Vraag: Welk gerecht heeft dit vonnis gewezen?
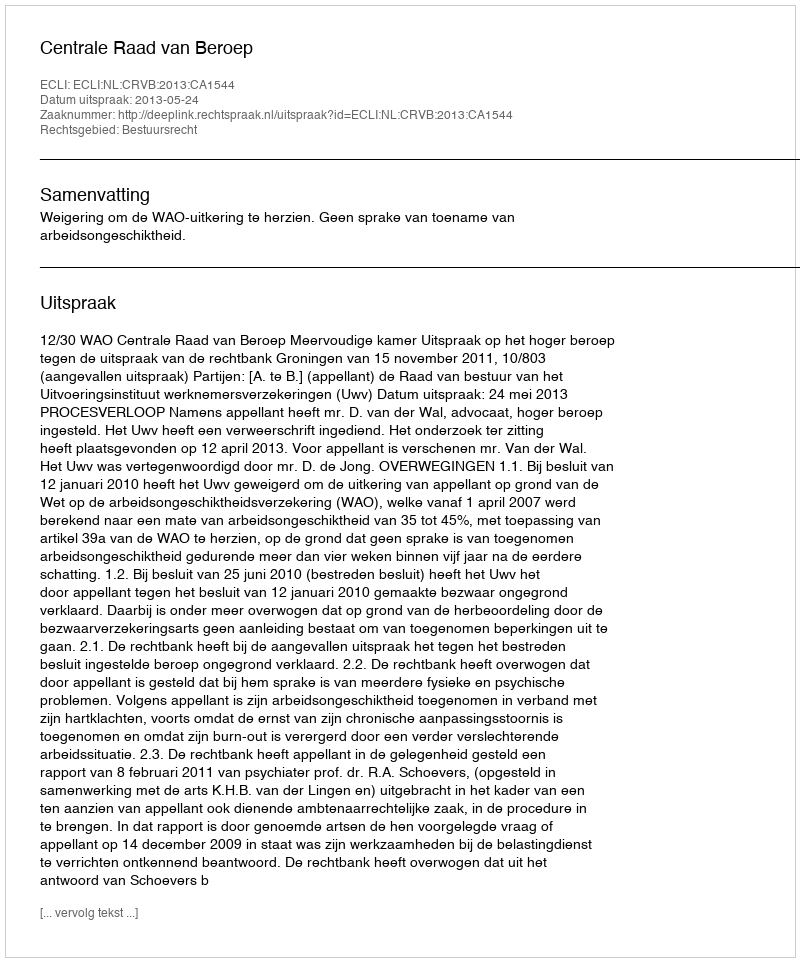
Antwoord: Centrale Raad van Beroep